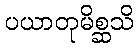
ပယာတုမိစ္ဆသိ